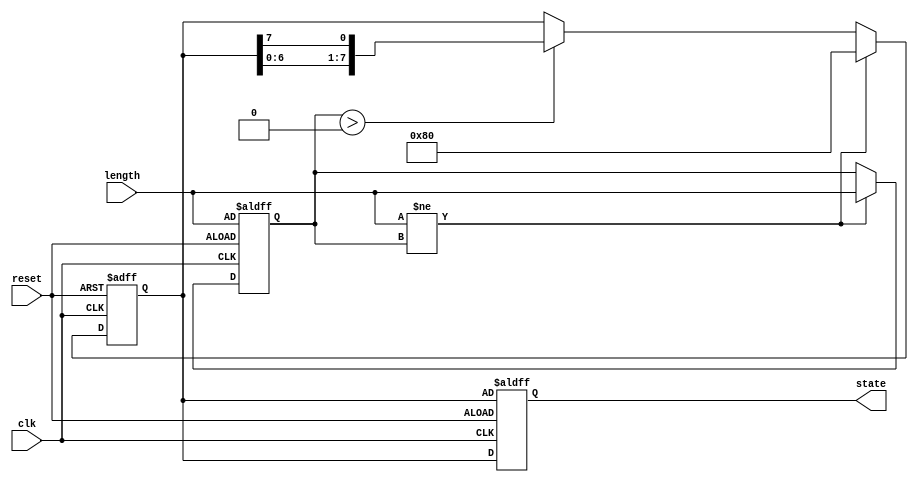
module VariableLengthRingCounter #(
    parameter MAX_LENGTH = 8 // Maximum length of the ring counter
)(
    input wire clk,               // Clock signal
    input wire reset,             // Reset signal
    input wire [3:0] length,      // Desired length of the ring counter (1 to MAX_LENGTH)
    output reg [MAX_LENGTH-1:0] state // Current state of the counter
);

    reg [MAX_LENGTH-1:0] shift_reg; // Shift register to hold the current state
    reg [3:0] current_length;        // Current length of the ring counter

    // Initialize the counter
    always @(posedge clk or posedge reset) begin
        if (reset) begin
            // Initialize the shift register based on the specified length
            current_length <= length;
            shift_reg <= {1'b1, {MAX_LENGTH-1{1'b0}}}; // Set the first bit to '1'
            state <= shift_reg;
        end else begin
            // Update the current length if it has changed
            if (length != current_length) begin
                current_length <= length;
                // Reinitialize the shift register
                shift_reg <= {1'b1, {MAX_LENGTH-1{1'b0}}}; // Reset to the first bit
            end else if (current_length > 0) begin
                // Shift the register and wrap the leftmost bit to the rightmost position
                shift_reg <= {shift_reg[MAX_LENGTH-2:0], shift_reg[MAX_LENGTH-1]};
            end
            // Update the output state, considering only the valid length
            state <= shift_reg;
        end
    end

endmodule